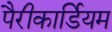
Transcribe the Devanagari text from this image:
पैरीकार्डियम